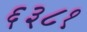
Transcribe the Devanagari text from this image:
६३८१